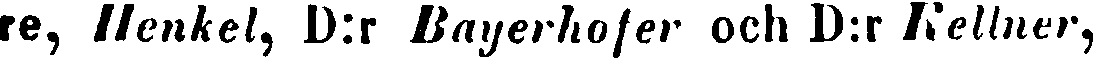
tre, Henkel, D:r Dayerhofer och D:r Kellner,